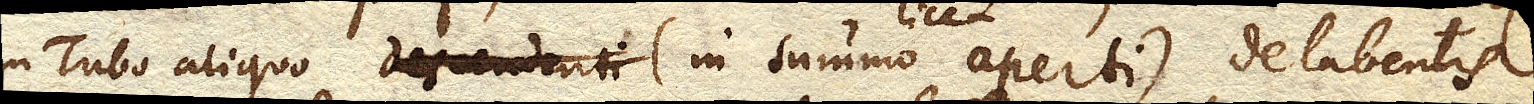
in Tubo aliquo (in summo licet aperti) delabentis